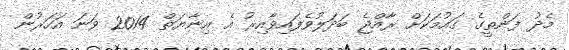
މެދު ފަންތީގެ ގައުމަކަށް ރާއްޖެ ބަދަލުވެފައިވާއިރު އެ އިނާޔަތް 2014 ވަނަ އަހަރުން